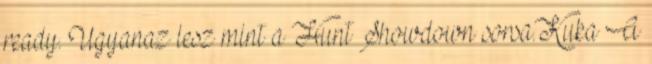
ready. Ugyanaz lesz mint a Hunt Showdown sorsa.Kuka A